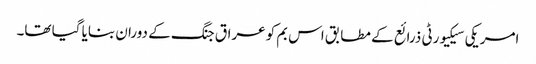
امریکی سیکیورٹی ذرائع کے مطابق اس بم کو عراق جنگ کے دوران بنایا گیا تھا۔